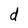
Character: d